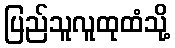
ပြည်သူလူထုထံသို့